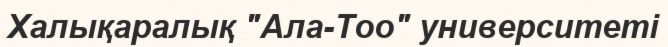
Халықаралық "Ала-Тоо" университеті